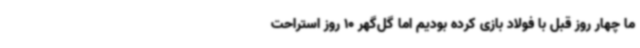
ما چهار روز قبل با فولاد بازی کرده بودیم اما گل‌گهر 10 روز استراحت